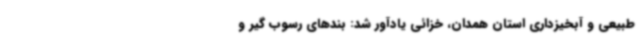
طبیعی و آبخیزداری استان همدان، خزائی یادآور شد: بندهای رسوب گیر و